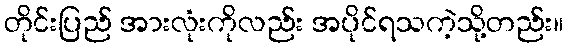
တိုင်းပြည် အားလုံးကိုလည်း အပိုင်ရသကဲ့သို့တည်း။